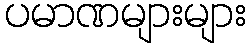
ပမာဏများများ